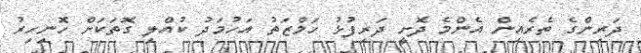
ދަރިންގެ ތެރެއިން އެންމެ ދޮށީ ދަރިފުޅު ހަމްޒަތު އަހުމަދު ކުއްލި ގޮތަކަށް ހޮނިހިރު